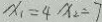
x _ { 1 } = 4 x _ { 2 } = 7